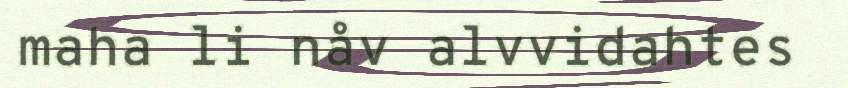
maha li nåv alvvidahtes